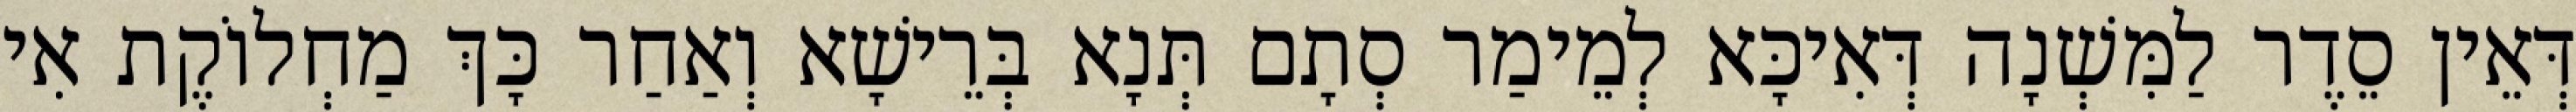
דְּאֵין סֵדֶר לַמִּשְׁנָה דְּאִיכָּא לְמֵימַר סְתָם תְּנָא בְּרֵישָׁא וְאַחַר כָּךְ מַחְלוֹקֶת אִי